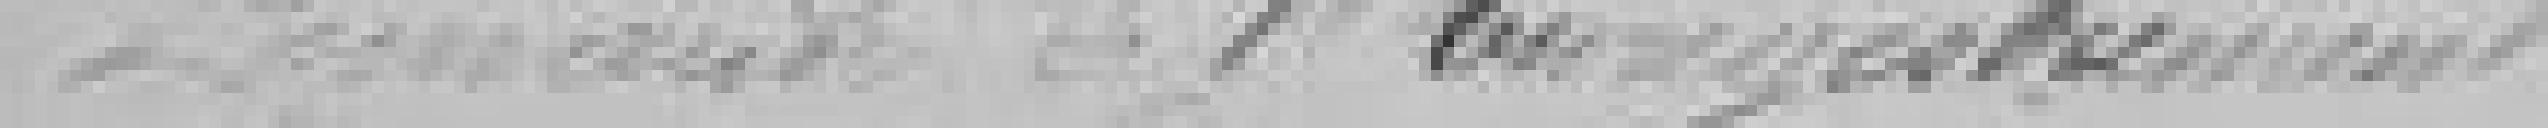
Demande de l'enregistrement